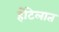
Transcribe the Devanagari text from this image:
होटेलात